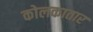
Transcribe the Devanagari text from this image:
कोलकातार